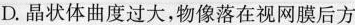
D.晶状体曲度过大，物像落在视网膜后方